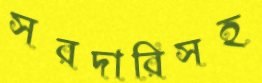
সরদারিসহ